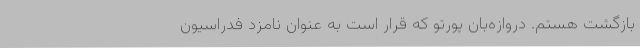
بازگشت هستم. دروازه‌بان پورتو که قرار است به عنوان نامزد فدراسیون